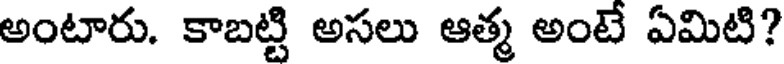
అంటారు. కాబట్టి అసలు ఆత్మ అంటే ఏమిటి?